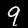
Digit: 9